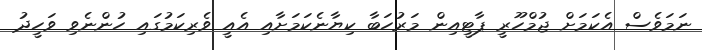
ނަމަވެސް އެކަމަށް ޖުމްހޫރީ ޕާޓީއިން މަރުހަބާ ކިޔާނެކަމަށާއި އެއީ ވެރިކަމުގައި ހުންނެވި ވަހީދު